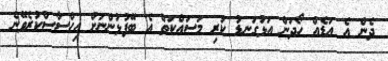
ދެން އެ އަޑެއް ހޯދަން އަޅުގަނޑު ކުރި މަސައްކަތް އެ ބޭފުޅުންނަށް އިހްސާސްކުރެވޭނެ